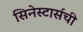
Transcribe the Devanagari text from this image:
सिनेस्टार्सची